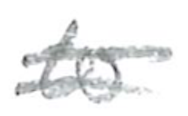
Text: to
Cross-out: double-line
Writing tool: pencil